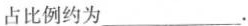
占比例约为___。